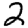
Digit: 2